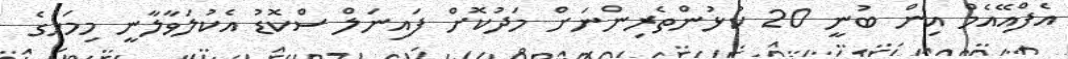
އެފްއޭއެމް އިން ބުނީ 20 ކުޅުންތެރިންނަށް މަދުކޮށް ފައިނަލް ސްކޮޑު އެކުލަވާލާނީ މިމަހުގެ